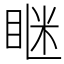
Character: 𥇆